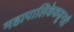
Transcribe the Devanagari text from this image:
महापालिकेकडूनही